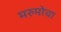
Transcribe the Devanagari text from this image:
मरुमोचा